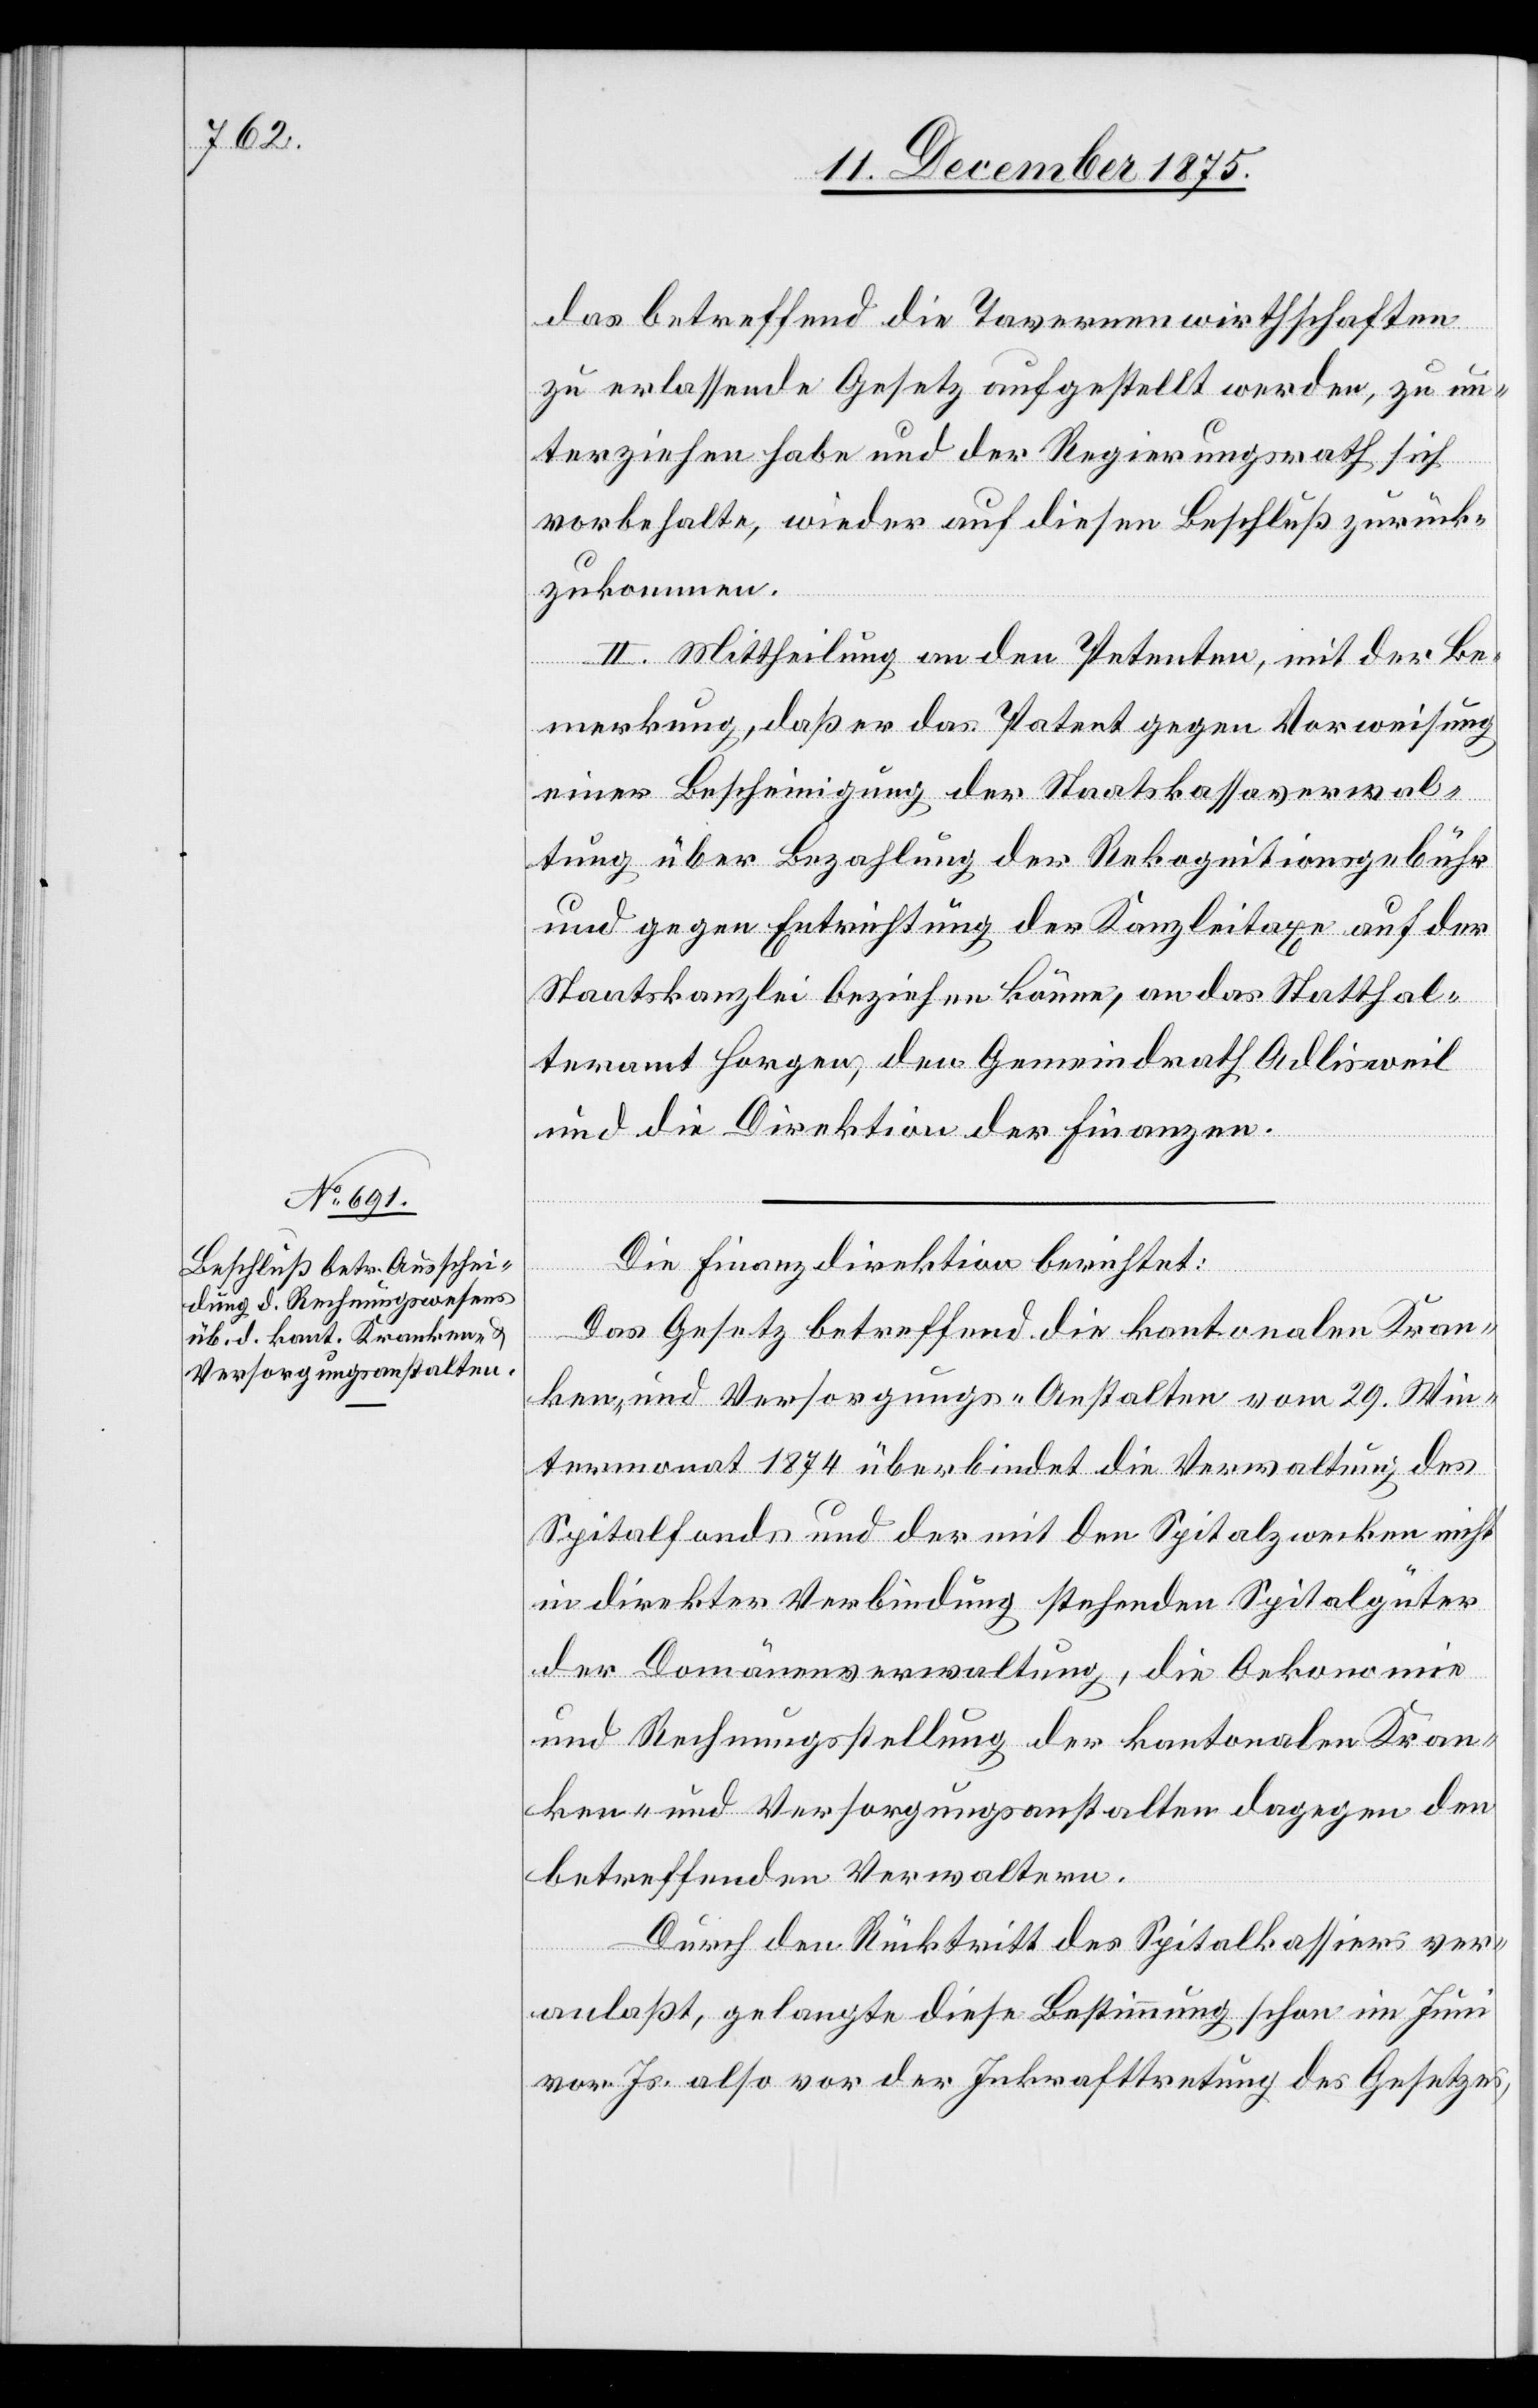
das betreffend die Tavernenwirthschaften
zu erlassende Gesetz aufgestellt werden, zu un¬
terziehen habe und der Regierungsrath sich
vorbehalte, wieder auf diesen Beschluß zurück¬
zukommen.
II. Mittheilung an den Petenten, mit der Be¬
merkung, daß er das Patent gegen Vorweisung
einer Bescheinigung der Staatskassaverwal¬
tung über Bezahlung der Rekognitionsgebühr
gegen Entrichtung der Kanzleitaxe auf der
Staatskanzlei beziehen könne, an das Statthal¬
teramt Horgen, den Gemeindrath Adlisweil
und die Direktion der Finanzen.
Die Finanzdirektion berichtet:
Das Gesetz betreffend die kantonalen Kran¬
ken- und Versorgungs-Anstalten vom 29. Win¬
termonat 1874 überbindet die Verwaltung des
Spitalfonds und der mit den Spitalzwecken nicht
in direkter Verbindung stehenden Spitalgüter
der Domänenverwaltung, die Oekonomie
und Rechnungsstellung der kantonalen Kran¬
ken- und Versorgungsanstalten dagegen den
betreffenden Verwaltern.
Durch den Rücktritt des Spitalkassiers ver¬
anlaßt, gelangte diese Bestimmung schon im Juni
vor. Js. also vor der Inkraftsetzung des Gesetzes,